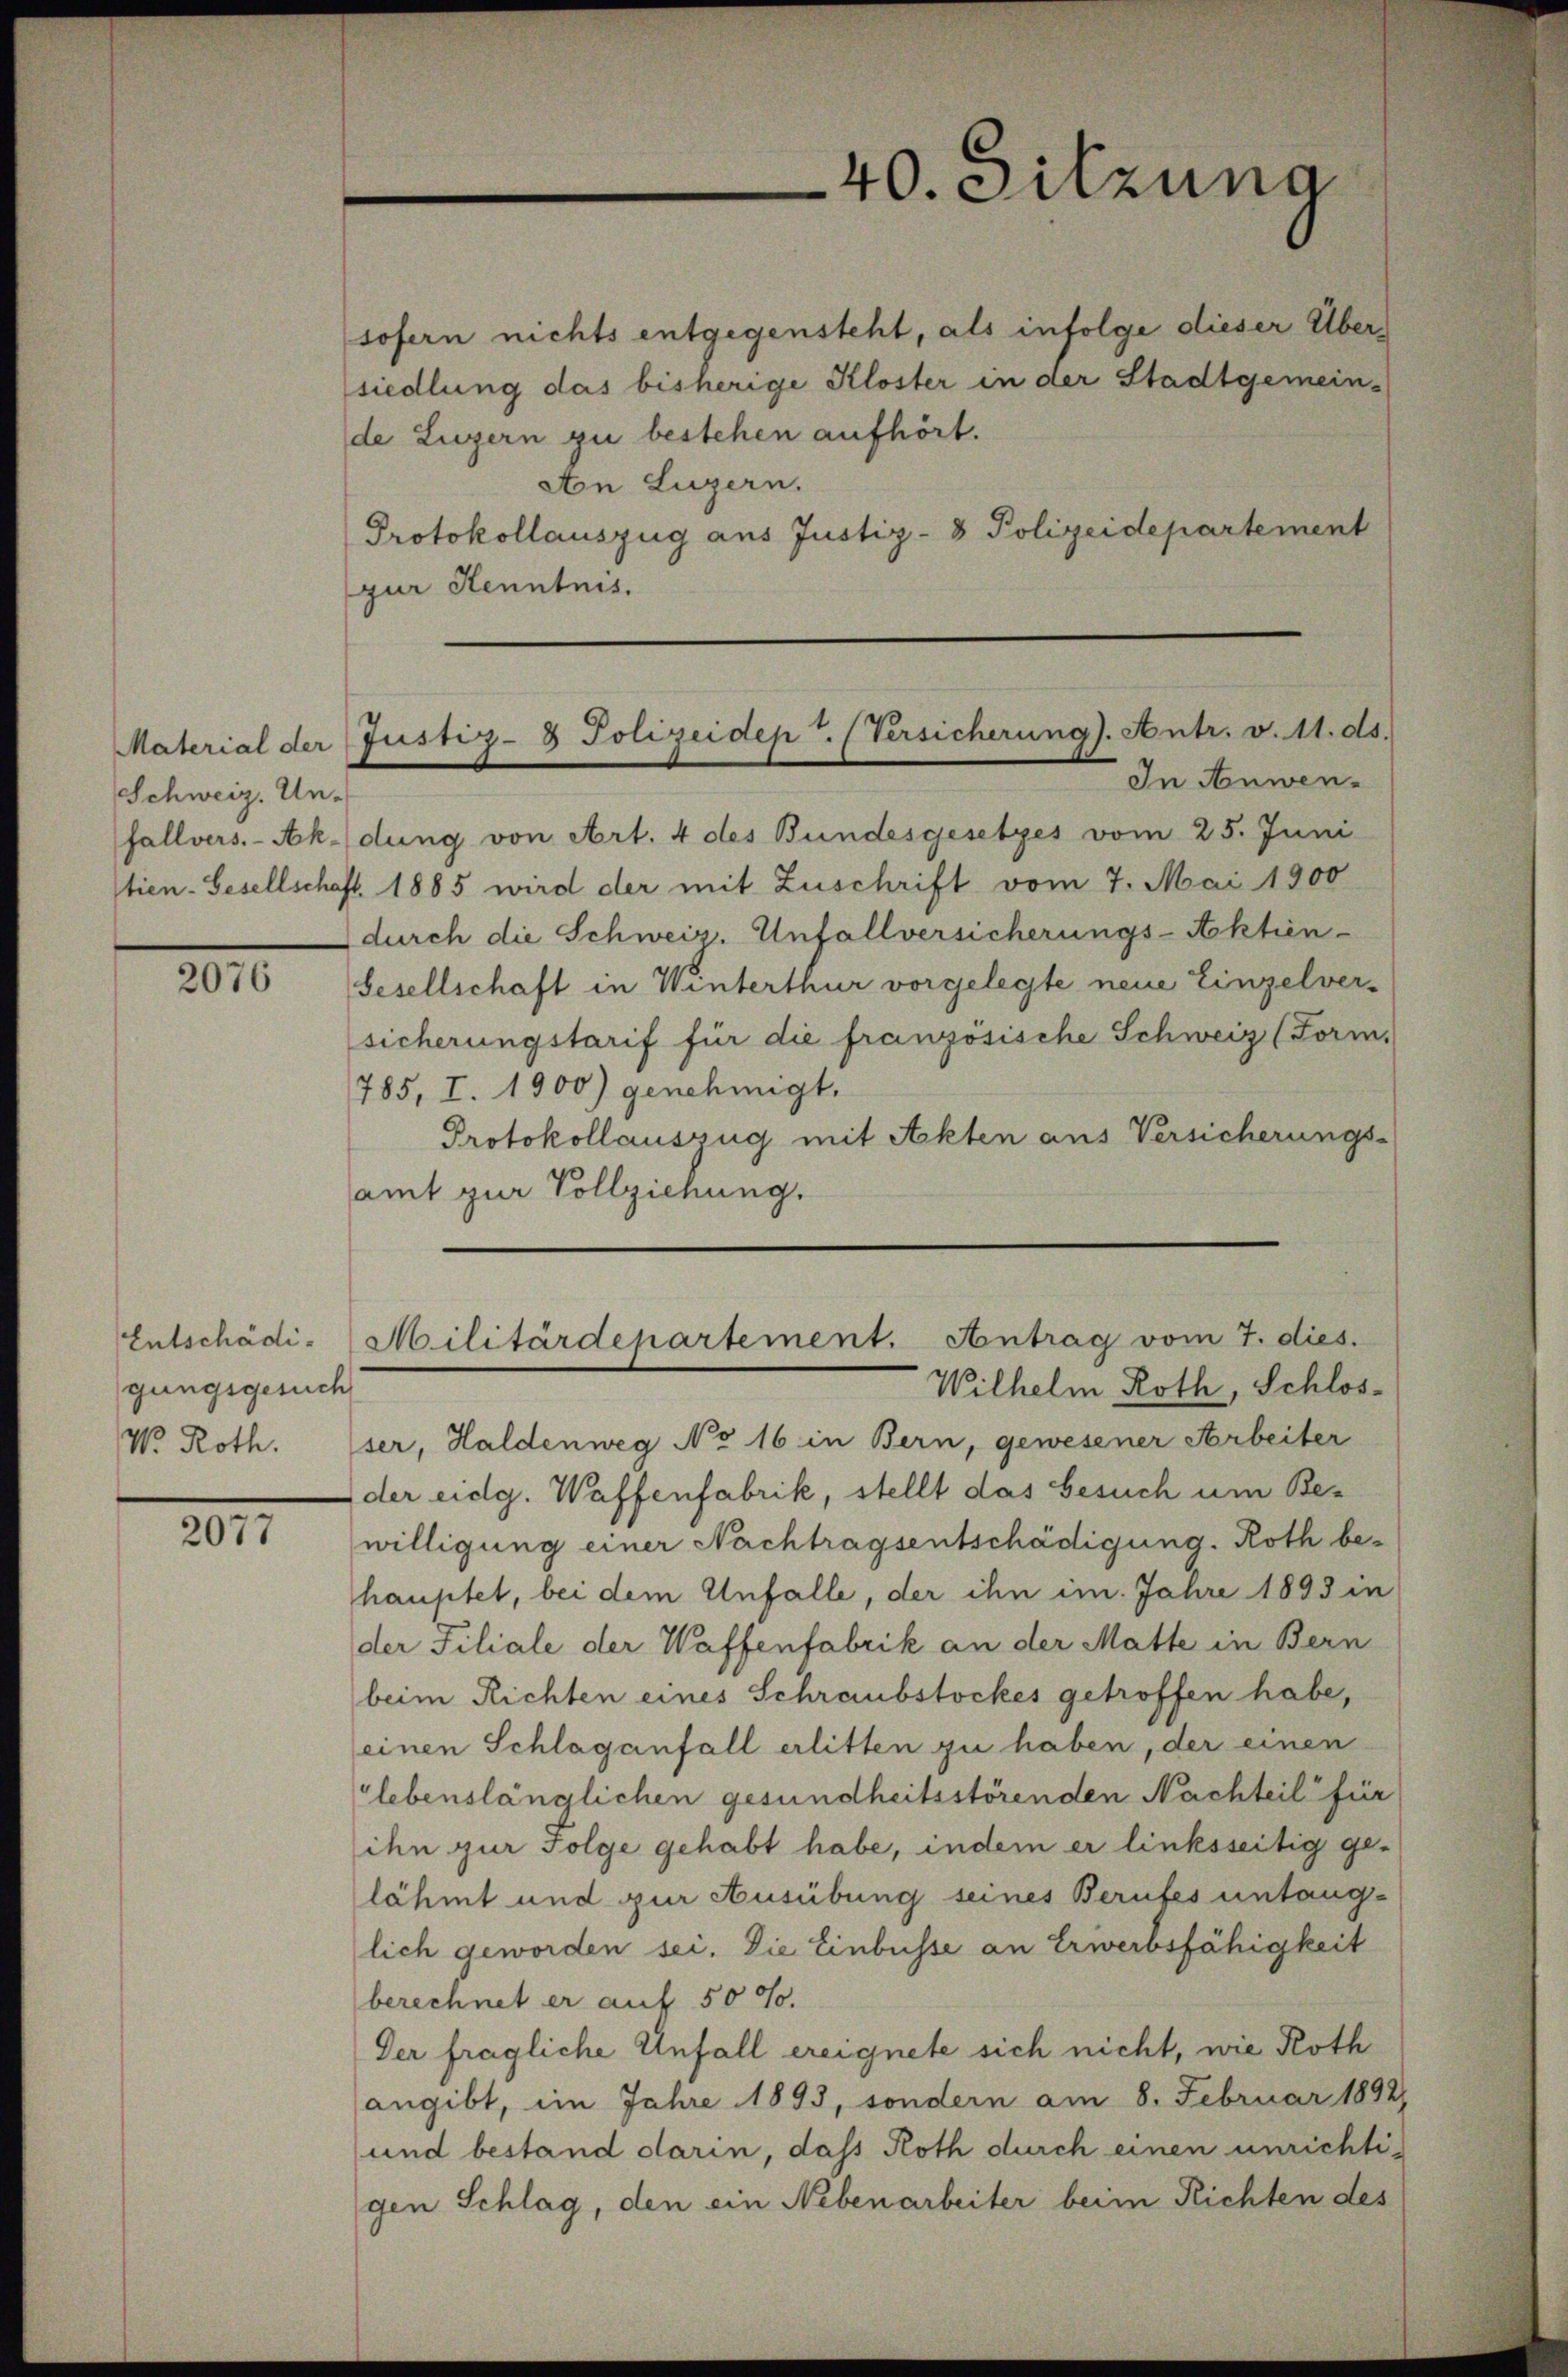
Material der
Schweiz. Unfallvers.- Ak¬

2076

Entschädigungsgesuch
V. Roth.

201

de Luzern zu bestehen aufhört.
Aon Luzern.
Protokollauszug aus Justiz- & Polizeidepartement
gur Kenntnis.

40. Sitzung

sofern nichts entgegensteht, als infolge dieser Übersiedlung das bisherige Kloster in der Stadtgemein-

Justiz- & Polizeidept. (Versicherung). Antr. v. 11. ds.
In Anwen¬

dung von Art. 4 des Bundesgesetzes vom 25. Juni
tien-Gesellschaft. 1885 wird der mit Zuschrift vom 7. Mai 1900
durch die Schweiz. Unfallversicherungs-Aktien-
Gesellschaft in Winterthur vorgelegte neue Einzelversicherungstarif für die französische Schweiz (Form,
785, I. 1900) genehmigt.
Protokollauszug mit Akten aus Versicherungs-
amt zur Vollziehung.
ser, Haldenweg No 16 in Bern, gewesener Arbeiter
der eidg. Waffenfabrik, stellt das besuch um Bewilligung einer Nachtragsentschädigung. Roth behauptet, bei dem Unfalle, der ihn im Jahre 1893 in
der Filiale der Waffenfabrik an der Matte in Bern
beim Richten eines Schraubstockes getroffen habe,
einen Schlaganfall erlitten zu haben, der einen
lebenslänglichen gesundheitsstörenden Nachteil für
ihn zur Folge gehabt habe, indem er linksseitig gelähmt und zur Ausübung seines Berufes untaug-
lich geworden sei. Die Einbusse an Erwerbsfähigkeit
berechnet er auf 50 do.
Der fragliche Unfall ereignete sich nicht, wie Roth
angibt, im Jahre 1893, sondern am 8. Februar 1892
und bestand darin, dass Roth durch einen unrichtigen Schlag, den ein Nebenarbeiter beim Richten des

Militärdepartement. Antrag vom 7. dies.
Wilhelm Roth, Schlos-